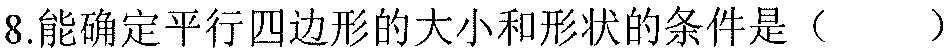
8.能确定平行四边形的大小和形状的条件是（  ）